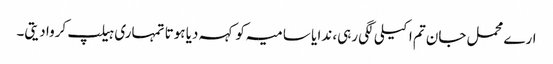
ارے محمل جان تم اکیلی لگی رہی، ندا یا سامیہ کو کہہ دیا ہوتا تمہاری ہیلپ کروا دیتی۔